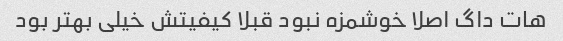
هات داگ اصلا خوشمزه نبود قبلا کیفیتش خیلی بهتر بود